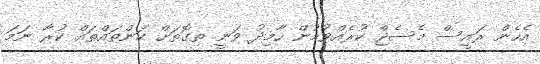
އެހެން ރައީސް މެސެޖް ކުރެއްވުމުން ހާމިދު ވަނީ ތިގޮތަށް ކަންތައްތައް ކުރާ ނަމަ